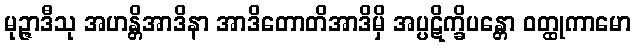
မုဉ္ဇာဒီသု အဟန္တိအာဒိနာ အာဒိတောတိအာဒိမှိ အပ္ပဋိက္ခိပန္တော ဝတ္ထုကာမော